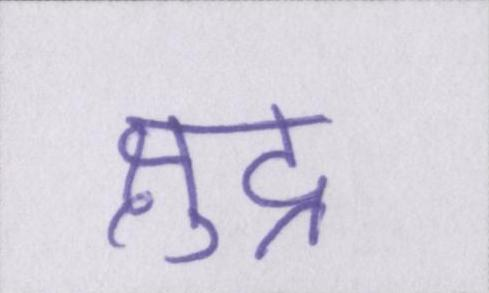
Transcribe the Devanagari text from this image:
क्षुद्र